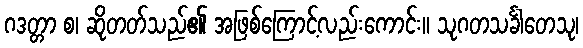
ဂဒတ္တာ စ၊ ဆိုတတ်သည်၏ အဖြစ်ကြောင့်လည်းကောင်း။ သုဂတသင်္ခါတေသု၊